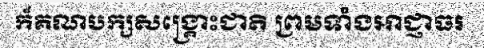
ក៏គណបក្សសង្គ្រោះជាតិ ព្រមទាំងអាជ្ញាធរ